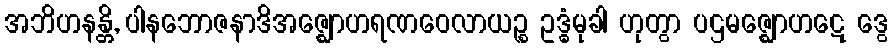
အဘိဟနန္တိ, ပါနဘောဇနာဒိအဇ္ဈောဟရဏဝေလာယဉ္စ ဥဒ္ဓံမုခါ ဟုတွာ ပဌမဇ္ဈောဟဋေ ဒွေ